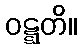
ဝဋ္ဋတိ။